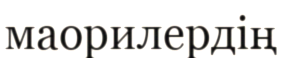
маорилердің